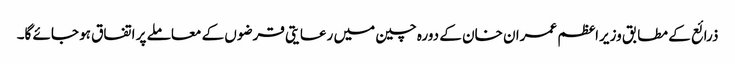
ذرائع کے مطابق وزیراعظم عمران خان کے دورہ چین میں رعایتی قرضوں کے معاملے پر اتفاق ہو جائے گا۔